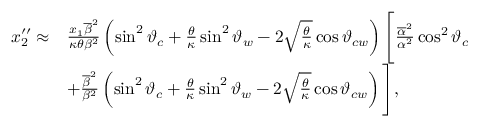
\begin{array} { r l } { x _ { 2 } ^ { \prime \prime } \approx } & { \frac { x _ { 1 } \overline { { \beta } } ^ { 2 } } { \kappa \theta \beta ^ { 2 } } \left( \sin ^ { 2 } \vartheta _ { c } + \frac { \theta } { \kappa } \sin ^ { 2 } \vartheta _ { w } - 2 \sqrt { \frac { \theta } { \kappa } } \cos \vartheta _ { c w } \right) \Bigg [ \frac { \overline { { \alpha } } ^ { 2 } } { \alpha ^ { 2 } } \cos ^ { 2 } \vartheta _ { c } } \\ & { + \frac { \overline { { \beta } } ^ { 2 } } { \beta ^ { 2 } } \left( \sin ^ { 2 } \vartheta _ { c } + \frac { \theta } { \kappa } \sin ^ { 2 } \vartheta _ { w } - 2 \sqrt { \frac { \theta } { \kappa } } \cos \vartheta _ { c w } \right) \Bigg ] , } \end{array}